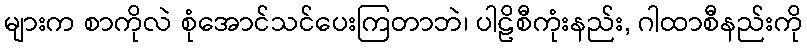
များက စာကိုလဲ စုံအောင်သင်ပေးကြတာဘဲ၊ ပါဠိစီကုံးနည်း, ဂါထာစီနည်းကို